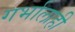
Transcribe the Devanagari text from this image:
गर्भालाही